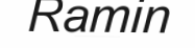
Ramin